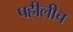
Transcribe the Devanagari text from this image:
पहीलीच